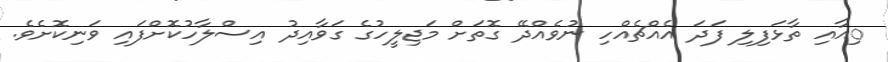
ިއާއި ތާޅަފިލި ފަދަ އެއްޗެއްހި ނުވެއްދޭ ގޮތަށް މަޖިލީހުގެ ގަވާއިދު އިސްލާހުކޮށްފައި ވަނިކޮށެވެ.